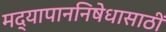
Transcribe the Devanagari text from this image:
मद्यापाननिषेधासाठीं